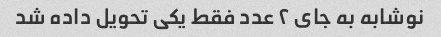
نوشابه به جای ۲ عدد فقط یکی تحویل داده شد